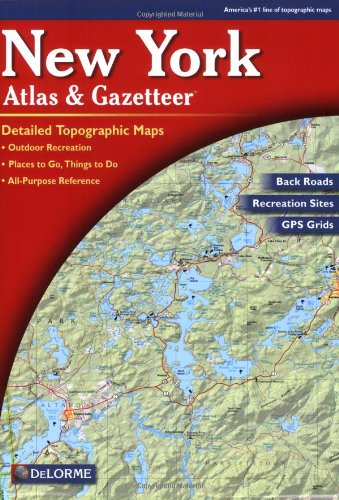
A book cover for New York Atlas and Gazetteer; Delorme; Reference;